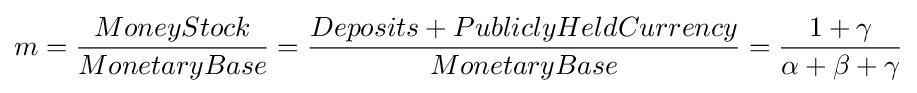
m={\frac {MoneyStock}{MonetaryBase}}={\frac {Deposits+PubliclyHeldCurrency}{MonetaryBase}}={\frac {1+\gamma }{\alpha +\beta +\gamma }}